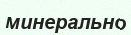
минерально